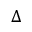
\Delta